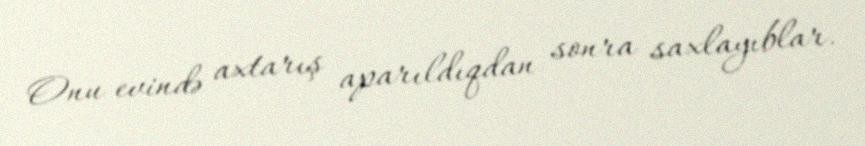
Onu evində axtarış aparıldıqdan sonra saxlayıblar.